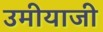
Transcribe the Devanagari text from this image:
उमीयाजी